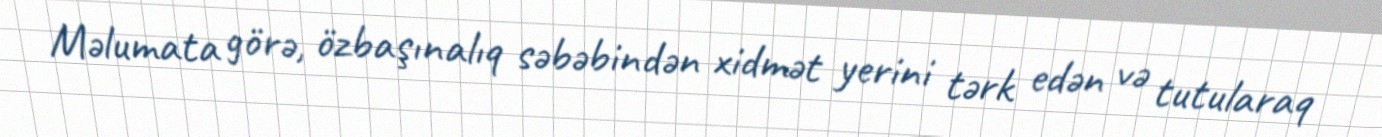
Məlumata görə, özbaşınalıq səbəbindən xidmət yerini tərk edən və tutularaq